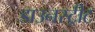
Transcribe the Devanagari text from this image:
डाउनस्ट्रीट